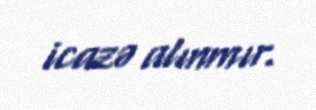
icazə alınmır.